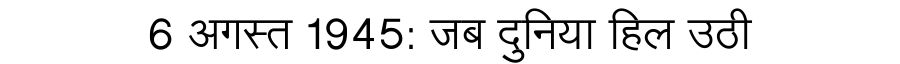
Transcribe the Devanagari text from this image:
6 अगस्त 1945: जब दुनिया हिल उठी